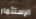
الإستثمار